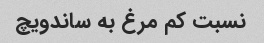
نسبت کم مرغ به ساندویچ